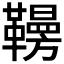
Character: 𩍗